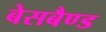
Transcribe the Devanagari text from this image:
बेसबैण्ड